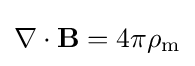
\nabla \cdot \mathbf {B} =4\pi \rho _{\mathrm {m} }